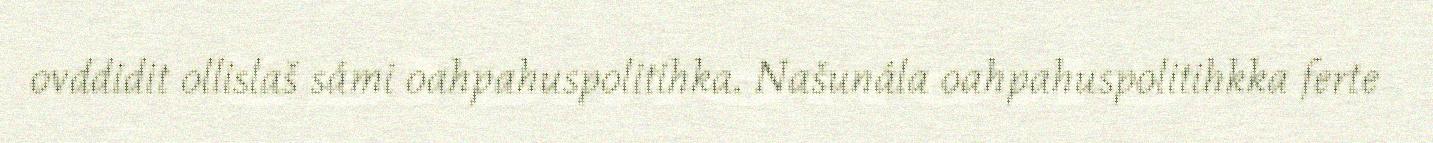
ovddidit ollislaš sámi oahpahuspolitihka. Našunála oahpahuspolitihkka ferte